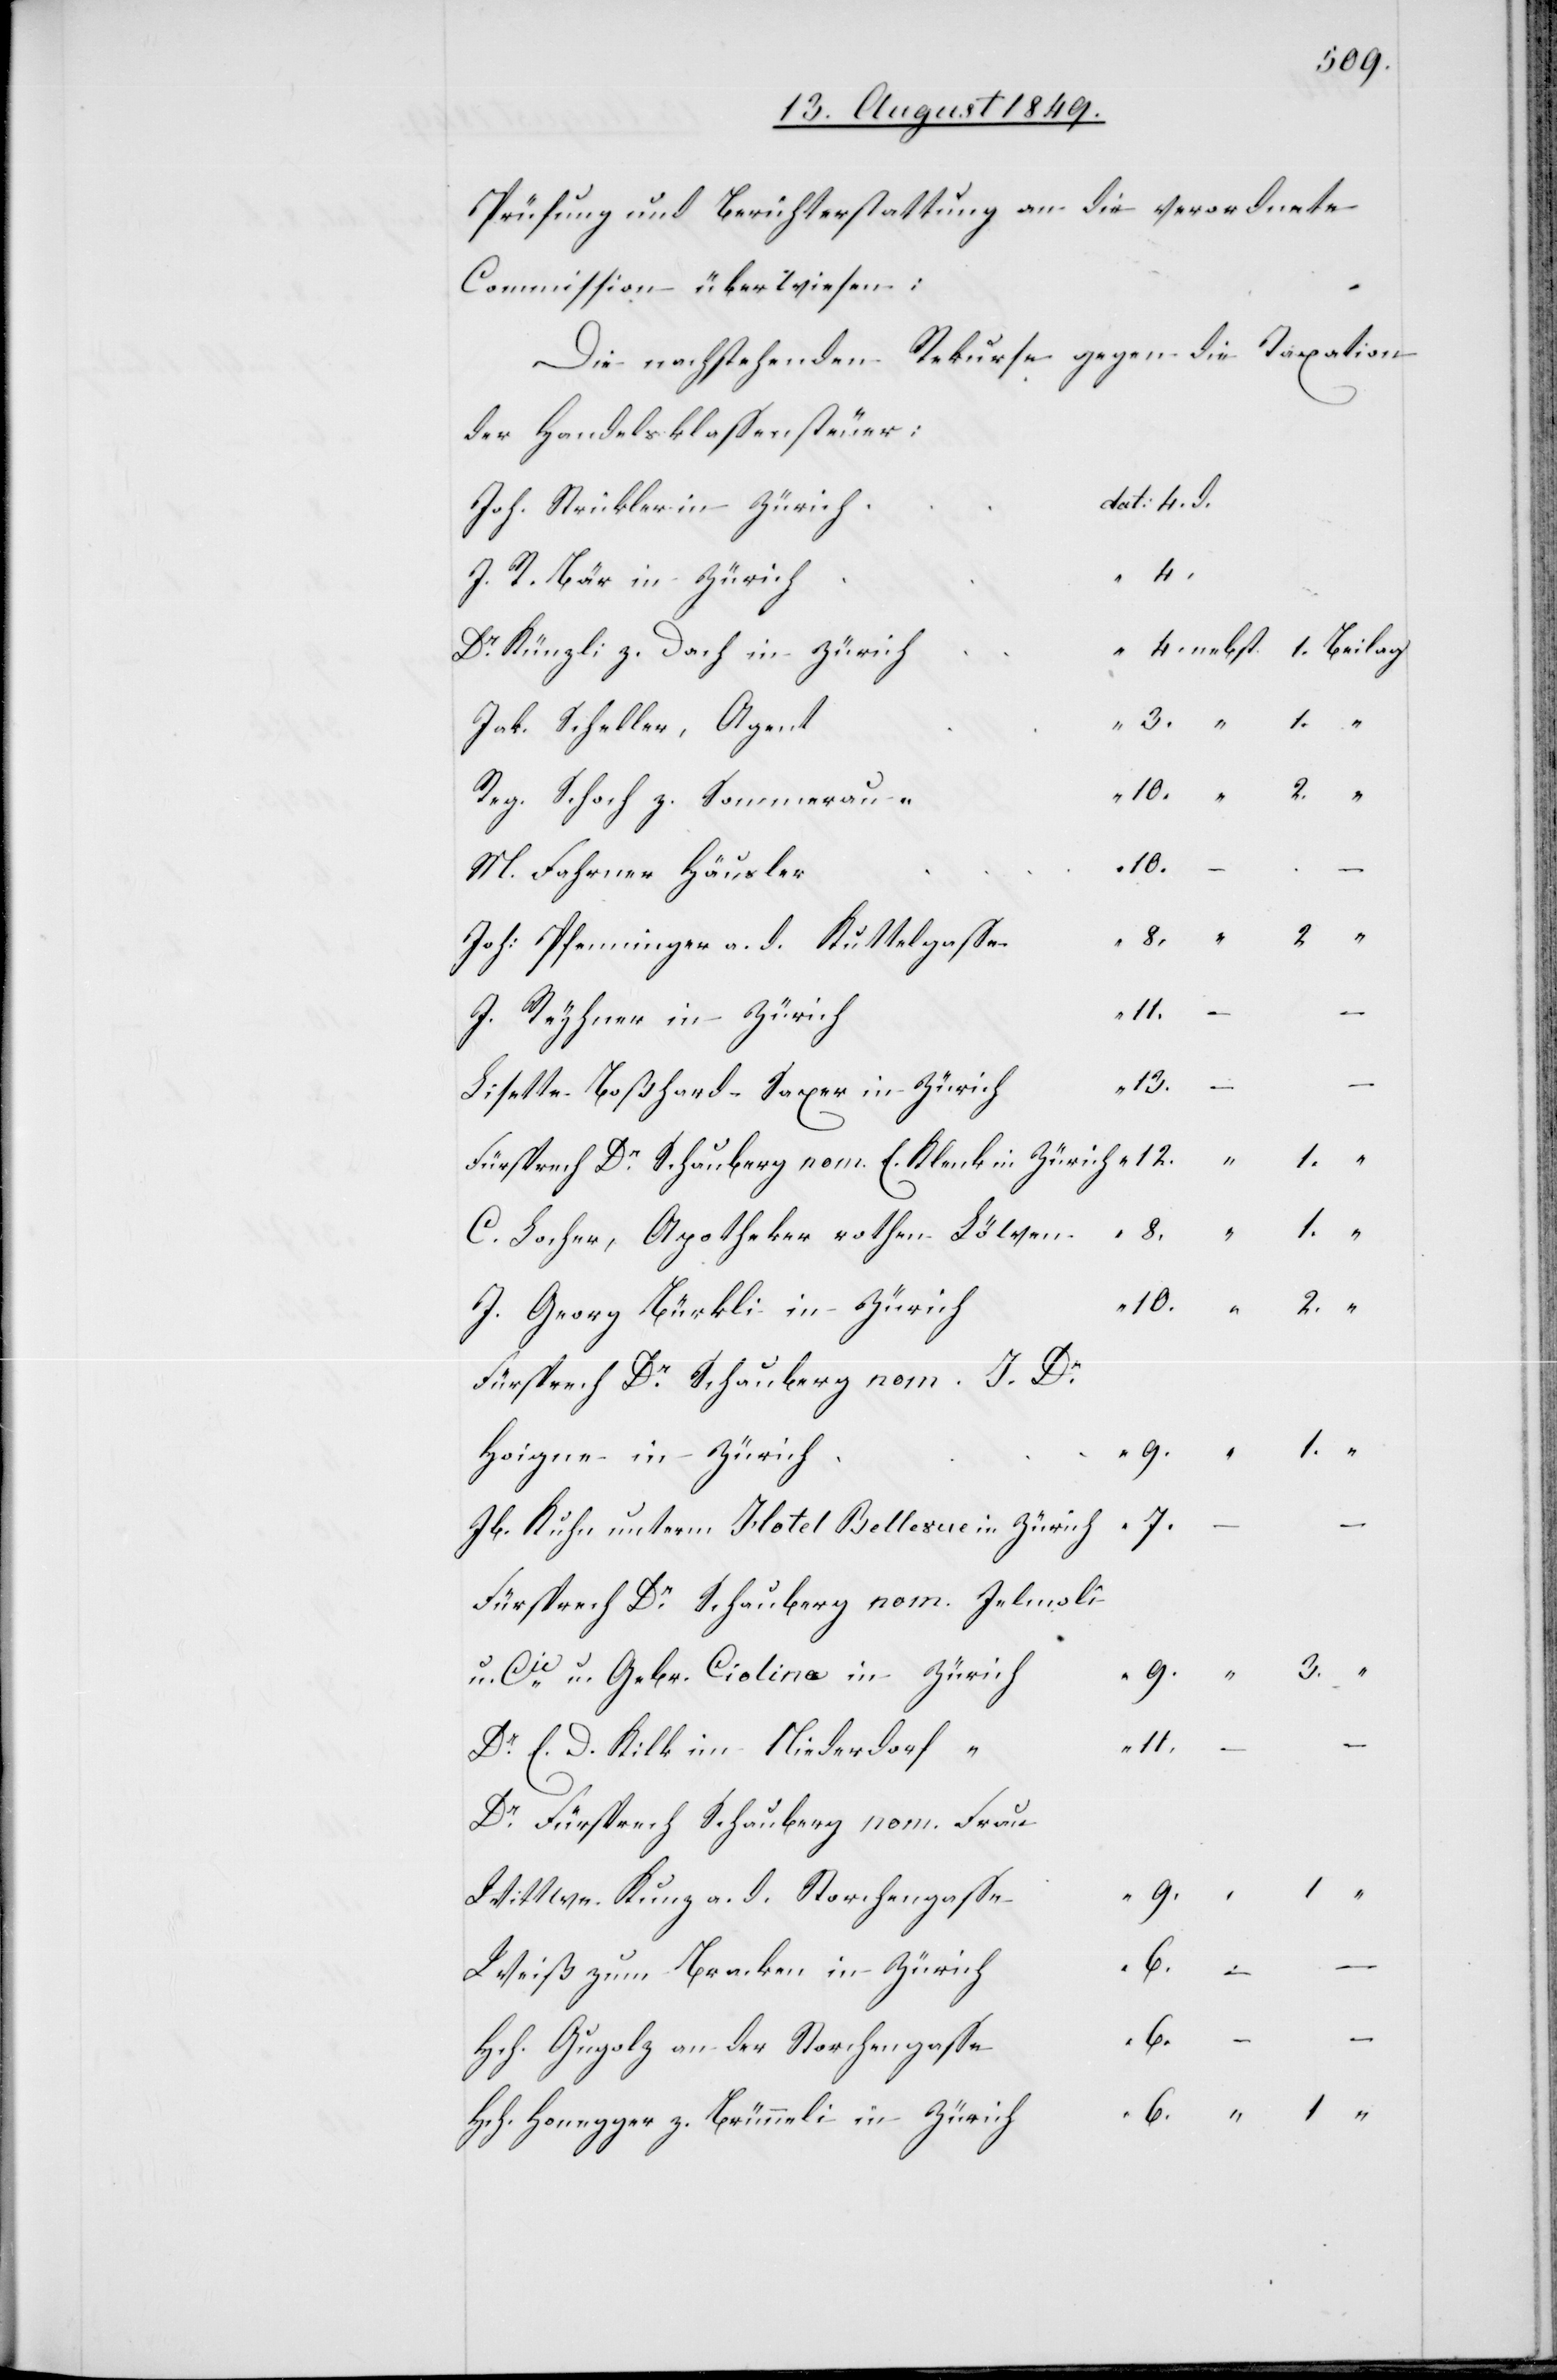
Prüfung und Berichterstattung an die verordnete
Commission überwiesen:
Die nachstehenden Rekurse gegen die Taxation
der Handelsklassensteuer:
Joh. Streukler in Zürich
4.
J. R. Bär in Zürich
Dr Künzli z. Dach in Zürich
Jak. Scheller, Agent
Reg. Schoch z. Sommerau
10.
2.
M. Fahrner Häusler
Joh: Pfenninger a. d. Kuttelgasse
“
1.
J. Reyhner in Zürich
–
13.
Lisette Boßhard-Saxer in Zürich
C. Locher, Apotheker rothen Löwen
J. Georg Bürkli in Zürich
Fürsprech Dr. Schauberg nom. J. Dr
Hoigne in Zürich
7.
Jb. Kuhn unterm Hotel Bellevue in Zürich
Fürsprech Dr Schauberg nom. Jelmoli
u. Cie u. Gebr. Ciolina in Zürich
“
3.
Dr. E. D. Kilk im Niederdorf
Dr. Fürsprech Schauberg nom. Frau
Wittwe Kunz a. d. Storchengasse
Weiß zum Bracken in Zürich
6.
Hch. Gugolz an der Storchengasse
Hch. Honegger z. Brünneli in Zürich